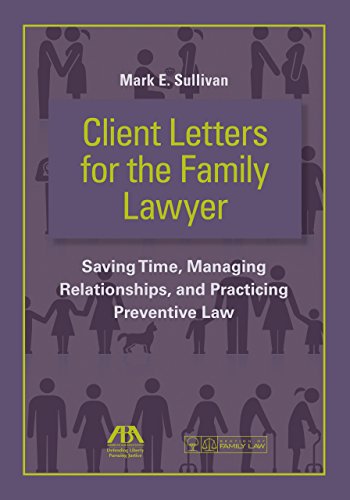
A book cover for Client Letters for the Family Lawyer: Saving Time, Managing Relationships, and Practicing Preventive Law; Mark E. Sullivan; Law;